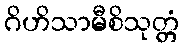
ဂိဟိသာမီစိသုတ္တံ